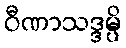
ဝီဏာသဒ္ဒမ္ပိ